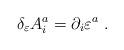
LaTeX: \begin{align*}\delta_{\varepsilon} A^a_i=\partial_i\varepsilon^a\ .\end{align*}